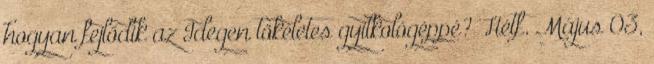
hogyan fejlődik az Idegen tökéletes gyilkológéppé? Hétf. Május 03,